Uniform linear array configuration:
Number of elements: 4
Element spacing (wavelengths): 0.75
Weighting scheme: blackman
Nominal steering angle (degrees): -15
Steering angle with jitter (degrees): -15.861
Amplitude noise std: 0.05
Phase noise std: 0.05

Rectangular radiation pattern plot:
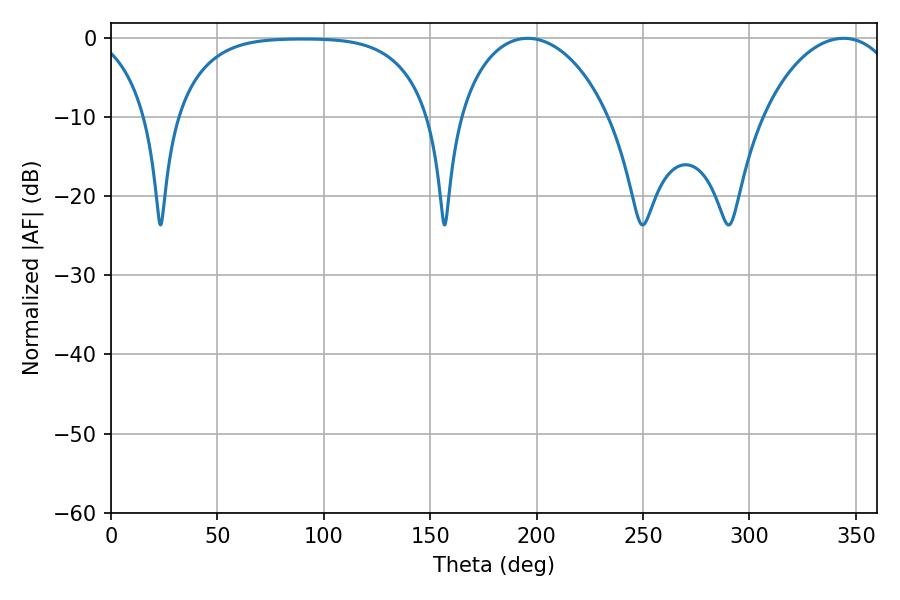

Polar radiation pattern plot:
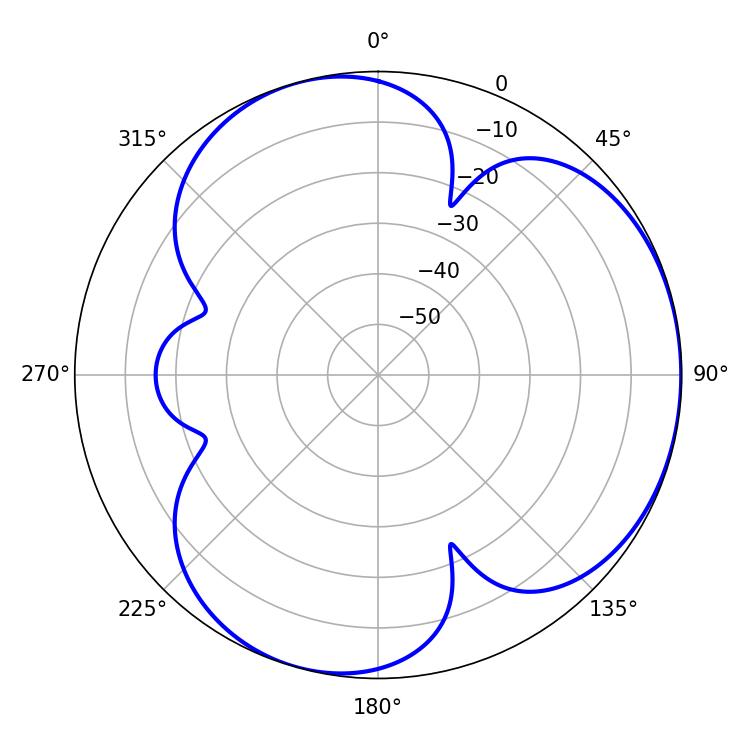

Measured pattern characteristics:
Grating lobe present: TRUE
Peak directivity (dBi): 3.746
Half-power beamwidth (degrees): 40.68
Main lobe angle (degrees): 195.84